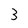
Character: 3